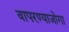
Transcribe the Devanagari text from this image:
वापरण्याजोगा